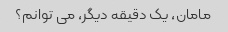
مامان، یک دقیقه دیگر، می توانم؟